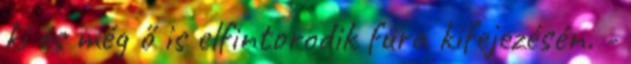
ki és még ő is elfintorodik fura kifejezésén. -